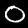
Digit: 0